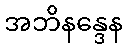
အဘိနန္ဒေန